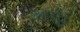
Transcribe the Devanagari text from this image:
चाहुं